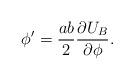
LaTeX: \begin{align*}\phi' = \frac{ab}{2} \frac{\partial U_B}{\partial \phi}.\end{align*}